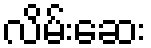
လိမ်းဆေး